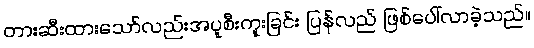
တားဆီးထားသော်လည်းအပူစီးကူးခြင်း ပြန်လည် ဖြစ်ပေါ်လာခဲ့သည်။